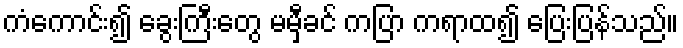
ကံကောင်း၍ ခွေးကြီးတွေ မမှီခင် ကပြာ ကရာထ၍ ပြေးပြန်သည်။